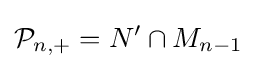
{\mathcal {P}}_{n,+}=N'\cap M_{n-1}